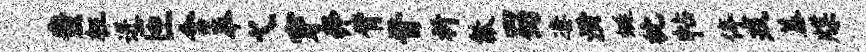
蚩枉迸匝含奉弋穿奔臂晋祈歙蜀凄潢蜓枕帖停戎蓁牒